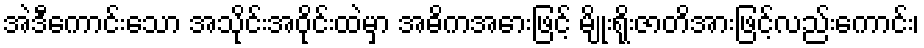
အဲဒီကောင်းသော အသိုင်းအဝိုင်းထဲမှာ အဓိကအေားဖြင့် မျိုးရိုးဇာတိအားဖြင့်လည်းကောင်း၊